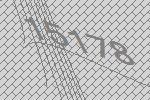
15178